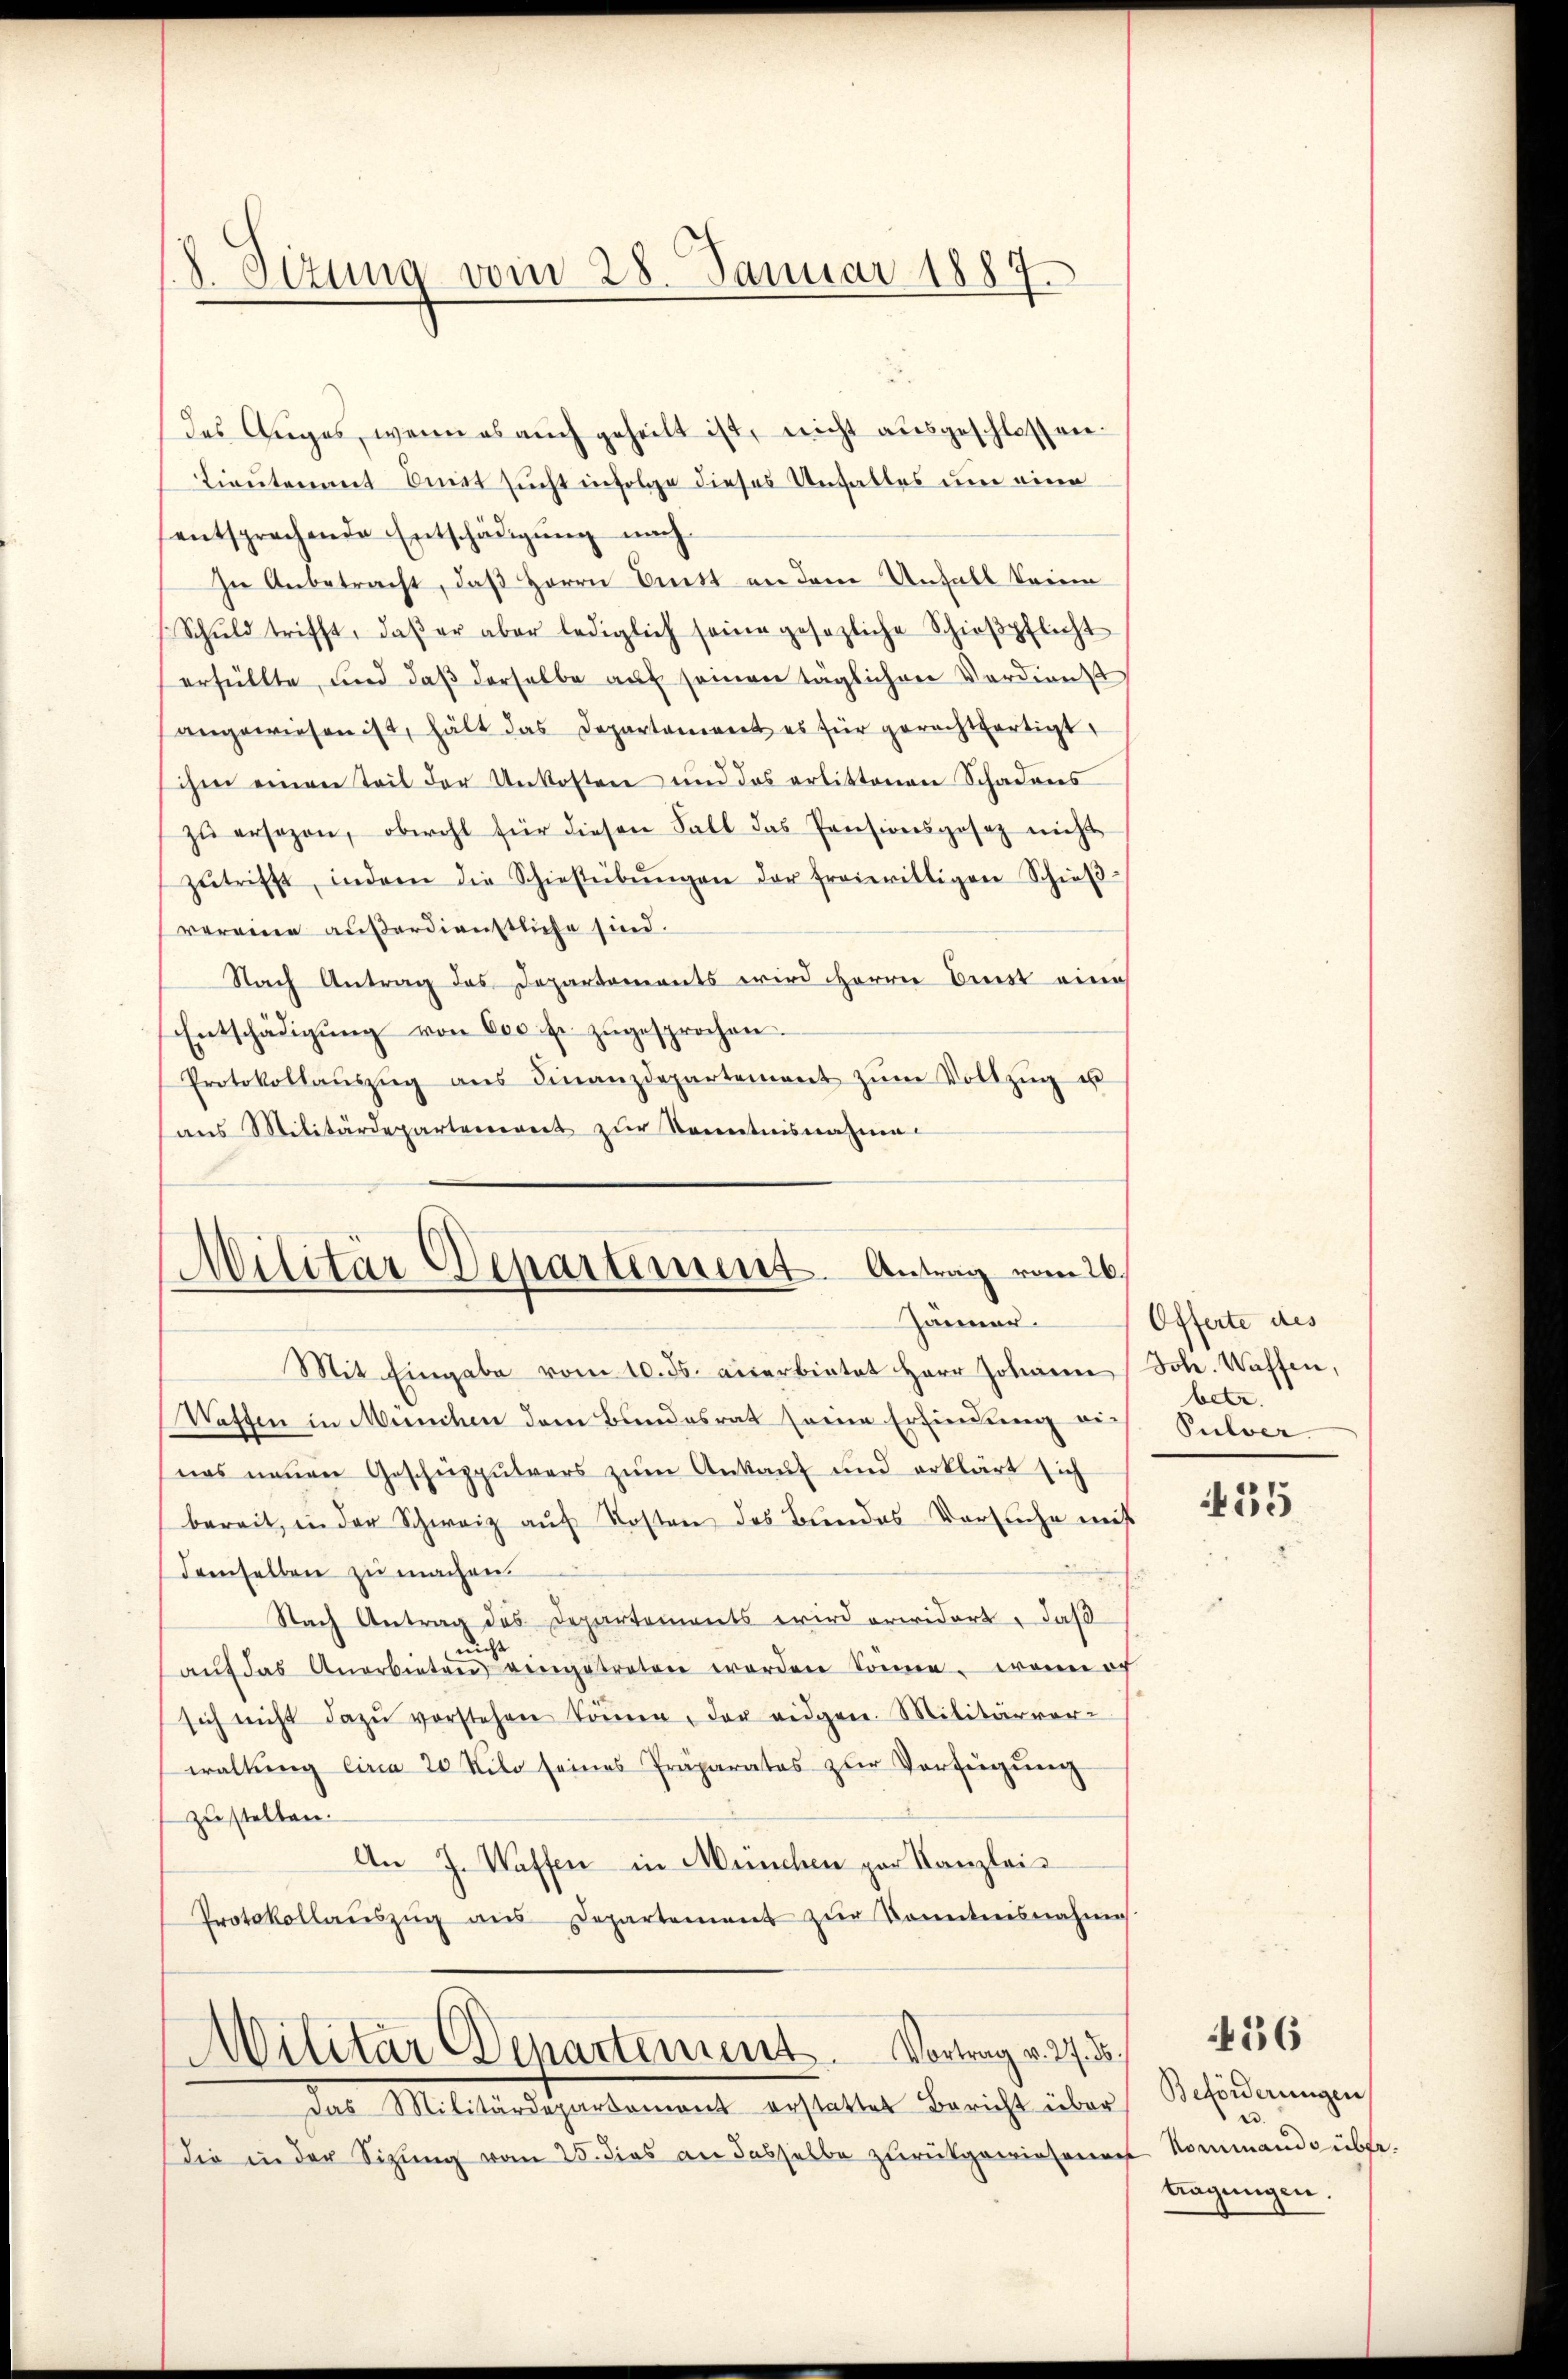
8. Sizung vom 28. Januar 1887

des Auges, wenn es auch geheilt ist, nicht ausgeschlossen.
Lieutenant Onet sucht infolge dieses Unfalles um eine
entsprechende Entschädigung nach
In Anbetracht, daß Herrn Bett an dem Unfall keine
Schŭld trifft, daβ er aber lediglich seine gesezliche Schieβpflicht
erfüllte, und daß derselbe auf seinen täglichen Verdienst
angewiesen ist, hält das Departonient es für gerechtfertigt.
ihm einen Teil der Unkosten und das erlittenen Schadens
zŭ ersezen, obwohl für diesen Fall das Pensionsgesetz nicht
zŭtrifft, indem die Schießübŭngen der freiwilligen Schieβ-
vereine außerdienstliche sind.
Nach Antrag des Departements wird Herrn Beist eine
Entschädigŭng von 600 fr. zŭgesprochen.
Protokollaŭszŭg aŭs Finanzdepartement zŭm Vollzŭg u
ans Militärdepartement zur Kenntnisnahme.

Militär Departement. Antrag vom 26.
Jänner.

Mit Eingabe vom 10. ds. anerbietet Herr Johann Joh. Waffen,
Waffen in München dem Bundesrat seine Erfindung an
nas neuen Geschüzpulvers zum Ankauf und erklärt sich
bereit, in der Schweiz aŭf Kosten des Bundes Versuche mit
demselben zu machen.
Nach Antrag des Departements wird erwidert, daß
nicht
aŭf das Anerbieten eingetreten worden könne. Wenn ich
sich nicht dazŭ verstehen köṅen, der eidgen. Militärver-
waltung circa 20 Kilo seines Präparatos zur Verfügung
zustellen.
An J. Waffen in München par Kanzlei-
Protokollaŭszŭg ans Departement zŭr Kenntnisnahme
Militar Departement. Vortrag v. 27. d.
Das Militärdepartemont erstattet Bericht über
die in der Sitzung vom 25. dies an dasselbe zurückgewiesenen Nommando übte

Offerte des
betr.
Pulver

55

Beförderungen
.
tragungen.

456